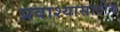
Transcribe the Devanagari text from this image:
प्रवाश्यासाठीच